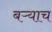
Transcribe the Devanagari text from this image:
बऱ्‍याच